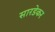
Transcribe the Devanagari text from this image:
सारडेकर